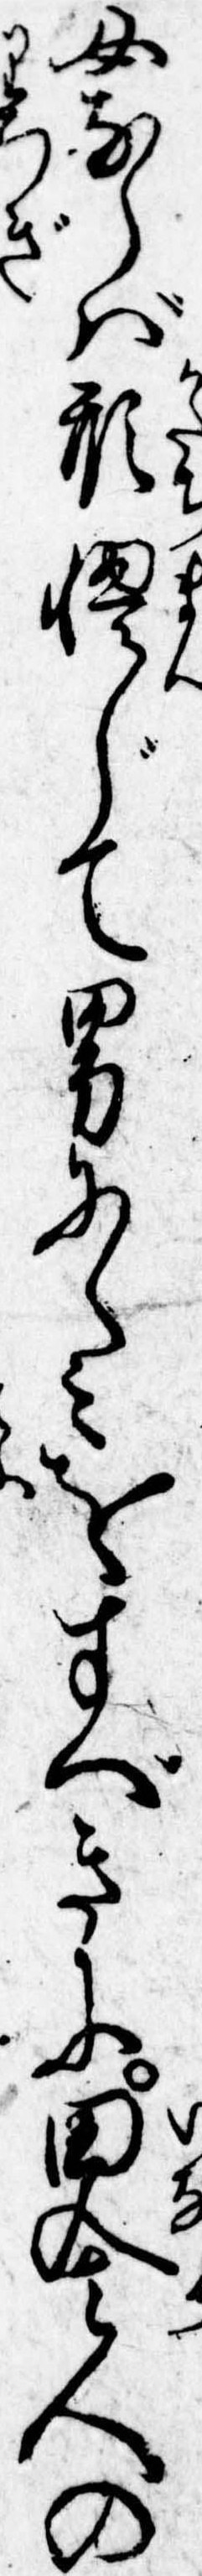
女ならば形慢じて男にくみをすべきに田舎人の